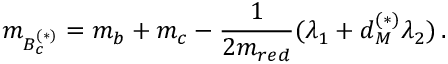
m _ { B _ { c } ^ { ( * ) } } = m _ { b } + m _ { c } - \frac { 1 } { 2 m _ { r e d } } ( \lambda _ { 1 } + d _ { M } ^ { ( * ) } \lambda _ { 2 } ) \, .